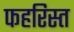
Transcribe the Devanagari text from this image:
फहरिस्त